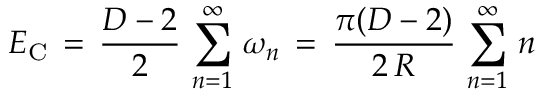
E _ { \mathrm { C } } \, = \, \frac { D - 2 } { 2 } \, \sum _ { n = 1 } ^ { \infty } \, \omega _ { n } \, = \, \frac { \pi ( D - 2 ) } { 2 \, R } \, \sum _ { n = 1 } ^ { \infty } \, n \,